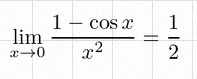
\lim_{x\to0}\frac{1-\cos x}{x^2}=\frac12